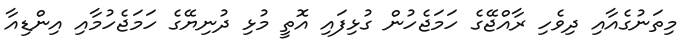
މިތަނުގެއާއި ދިވެހި ރާއްޖޭގެ ހަމަޖެހުން ގުޅިފައި އޮތީ މުޅި ދުނިޔޭގެ ހަމަޖެހުމާއި އިންޑިއާ